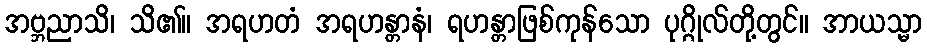
အဗ္ဘညာသိ၊ သိ၏။ အရဟတံ အရဟန္တာနံ၊ ရဟန္တာဖြစ်ကုန်သော ပုဂ္ဂိုလ်တို့တွင်။ အာယသ္မာ